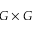
G \times G